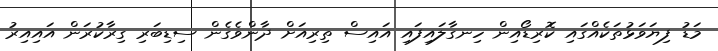
މަޑު ފިޔަވަޅުތަކެއްގައި ކޮރިޑޯއިން ހިނގާލައިފައި އައިސް ތިރިއަށް ދާންވެގެން ސިޑިބަރި ގިރާކުރަން އައިއިރު